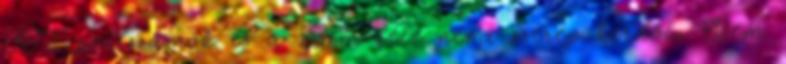
SOI pontszámok és a Bem-féle nemi szerep kérdőív Bem